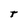
Character: t